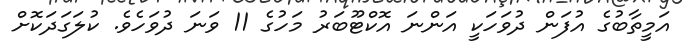
އަމީތާބުގެ އުފަން ދުވަހަކީ އަންނަ އޮކްޓޫބަރު މަހުގެ 11 ވަނަ ދުވަހެވެ. ކުލަގަދަކޮށް